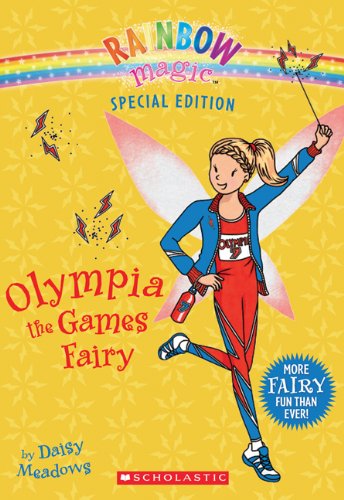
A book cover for Olympia the Games Fairy (Rainbow Magic, Special Edition); Daisy Meadows; Health, Fitness & Dieting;